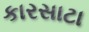
કારસાટા